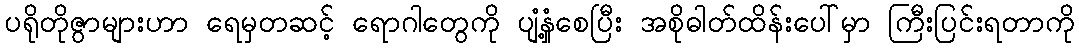
ပရိုတိုဇွာများဟာ ရေမှတဆင့် ရောဂါတွေကို ပျံနှံ့စေပြီး အစိုဓါတ်ထိန်းပေါ်မှာ ကြီးပြင်းရတာကို